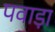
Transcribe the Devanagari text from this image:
पवाड़ा